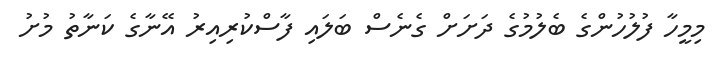
މިމީހާ ފުލުހުންގެ ބެލުމުގެ ދަށަށް ގެނެސް ބަލައި ފާސްކުރިއިރު އޭނާގެ ކަނާތު މުށު